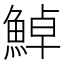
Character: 𩷹